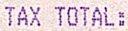
TAX TOTAL: